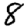
Digit: 8